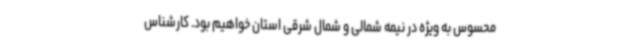
محسوس به ویژه در نیمه شمالی و شمال شرقی استان خواهیم بود. کارشناس